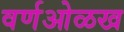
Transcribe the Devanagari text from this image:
वर्णओळख